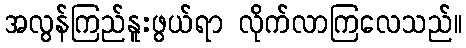
အလွန်ကြည်နူးဖွယ်ရာ လိုက်လာကြလေသည်။